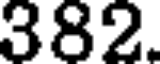
382.